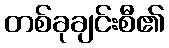
တစ်ခုချင်းစီ၏